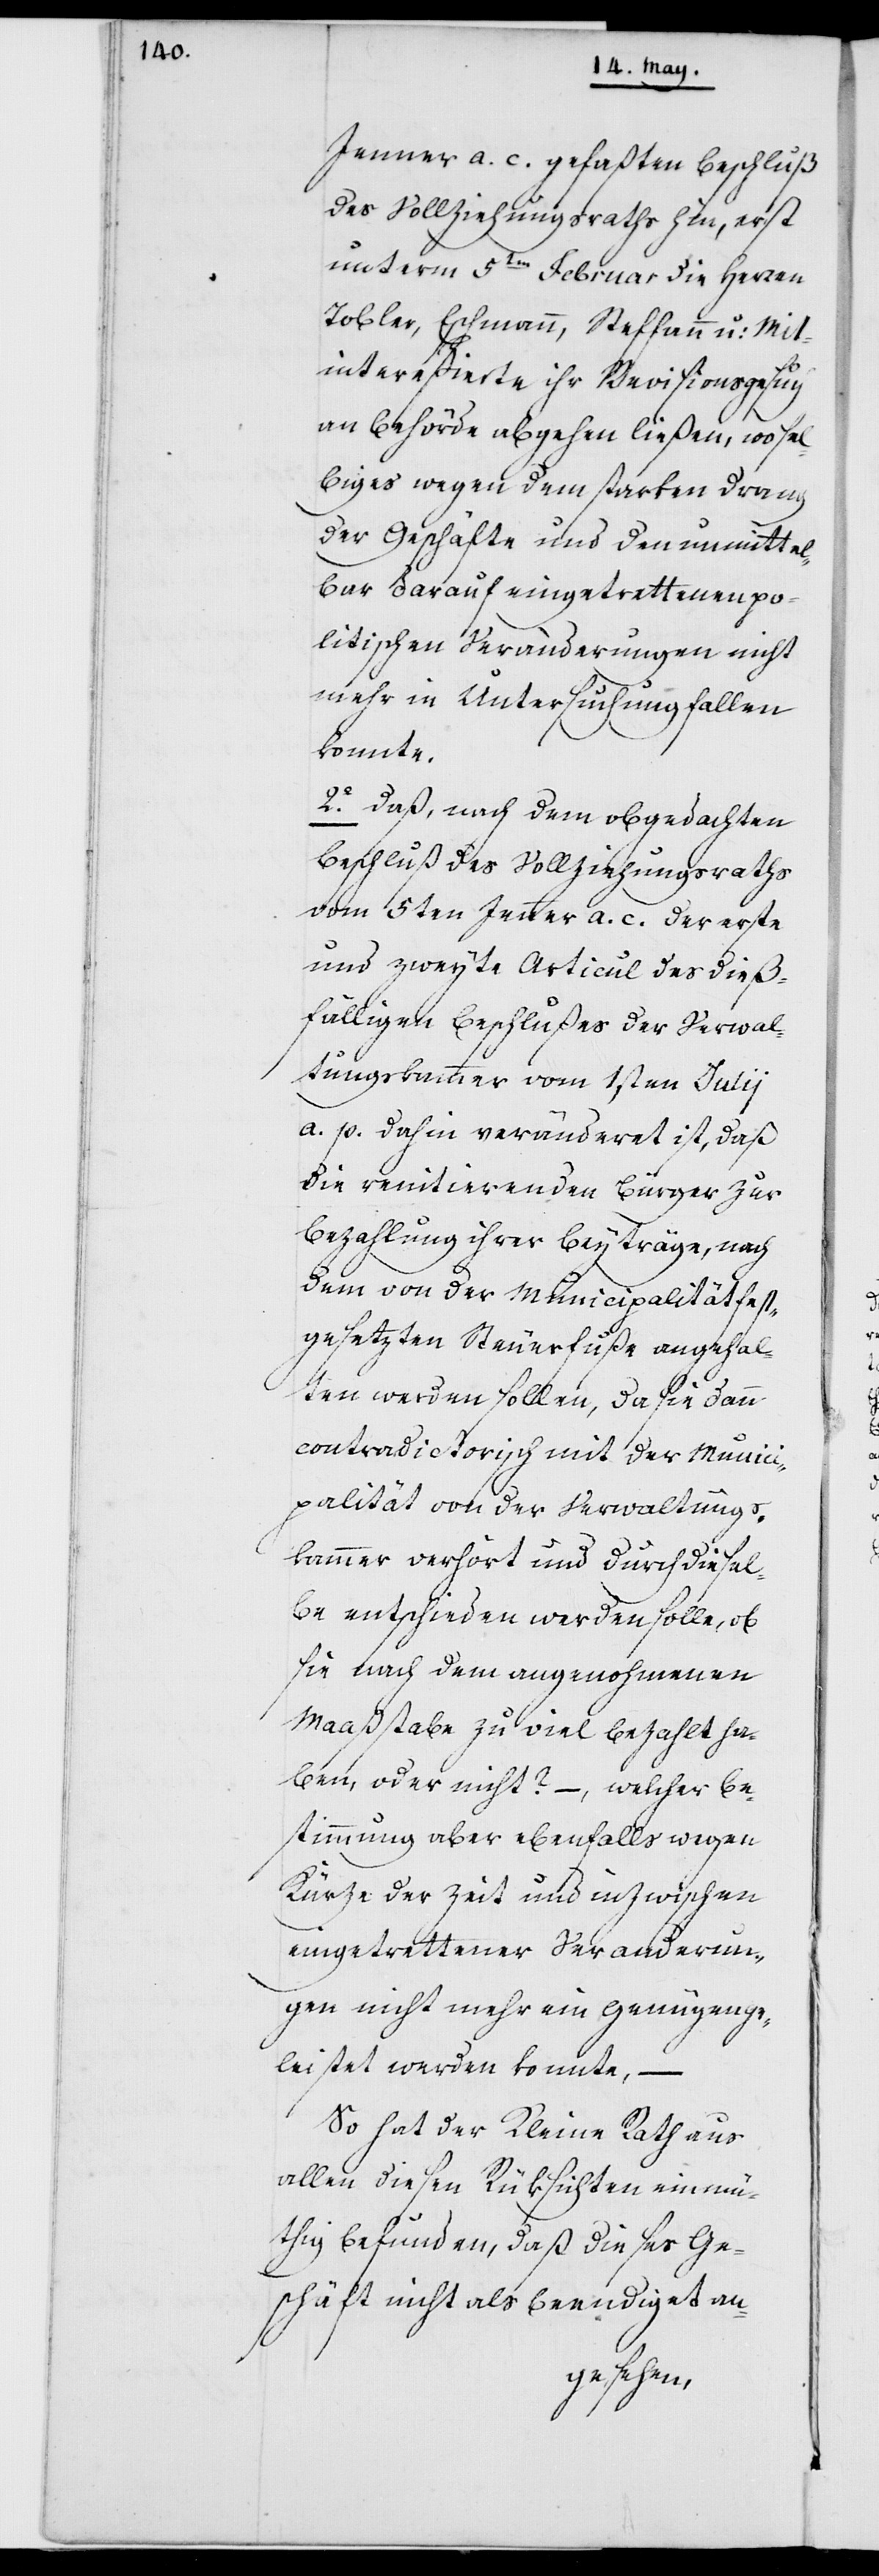
Jenner a. c. gefaßten Beschluß
des Vollziehungsrats hin, erst
unterm 5ten Februar die Herren
Tobler, Eschmann, Steffen u: Mit¬
intereßierte ihr Revisionsgesuch
an Behörde abgehen ließen, wo sel¬
biges wegen dem starken Drang
der Geschäfte und den unmittel¬
bar darauf eingetrettenen po¬
litischen Veränderungen nicht
mehr in Untersuchung fallen
konnte.
2o Daß, nach dem obgedachten
Beschluß des Vollziehungsrats
vom 5ten Jenner a. c. der erste
und zweyte Articul des dieß¬
fälligen Beschlußes der Verwal¬
tungskammer vom 1sten Julij
a. p.dahin veränderet ist, daß
die renitierenden Bürger zur
Bezahlung ihrer Beyträge, nach
dem von der Municipalität fest¬
gesetzten Steuerfuße angehal¬
ten werden sollen, da sie dann
contradictorisch mit der Munici¬
palität von der Verwaltungs¬
kammer verhört und durch diesel¬
be entschieden werden solle, ob
sie nach dem angenohmenen
Maaßstabe zu viel bezahlt ha¬
ben, oder nicht? – welcher Be¬
stimmung aber ebenfalls wegen
Kürze der Zeit und inzwischen
eingetrettener Veränderun¬
gen nicht mehr ein Genügen ge¬
leistet werden konnte, –
So hat der Kleine Rath aus
allen diesen Rüksichten einmü¬
thig befunden, daß dieses Ge¬
schäft nicht als beendiget an-